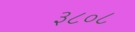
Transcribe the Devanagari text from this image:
३८०८